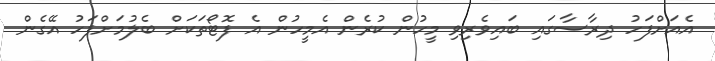
އެއަށްފަހު ދިރާސާގައި ބައިވެރިވި މީހުން ކުރެން އެމީހުން އެ ފޮޓޯތަކަށް ބެލުމަށްފަހު އޭގެން